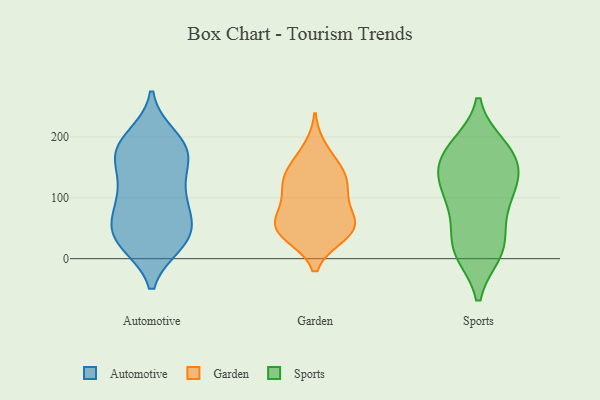
{"axis": {"x": "Gross Profit (USD K)", "y": "Value"}, "legend": ["Automotive", "Garden", "Sports"], "data": [{"x": "", "y": 176, "type": "Automotive"}, {"x": "", "y": 96, "type": "Automotive"}, {"x": "", "y": 171, "type": "Automotive"}, {"x": "", "y": 101, "type": "Automotive"}, {"x": "", "y": 27, "type": "Automotive"}, {"x": "", "y": 118, "type": "Automotive"}, {"x": "", "y": 26, "type": "Automotive"}, {"x": "", "y": 43, "type": "Automotive"}, {"x": "", "y": 48, "type": "Automotive"}, {"x": "", "y": 93, "type": "Automotive"}, {"x": "", "y": 64, "type": "Automotive"}, {"x": "", "y": 150, "type": "Automotive"}, {"x": "", "y": 174, "type": "Automotive"}, {"x": "", "y": 27, "type": "Automotive"}, {"x": "", "y": 174, "type": "Automotive"}, {"x": "", "y": 191, "type": "Automotive"}, {"x": "", "y": 199, "type": "Automotive"}, {"x": "", "y": 42, "type": "Automotive"}, {"x": "", "y": 57, "type": "Garden"}, {"x": "", "y": 180, "type": "Garden"}, {"x": "", "y": 131, "type": "Garden"}, {"x": "", "y": 46, "type": "Garden"}, {"x": "", "y": 39, "type": "Garden"}, {"x": "", "y": 150, "type": "Garden"}, {"x": "", "y": 124, "type": "Garden"}, {"x": "", "y": 66, "type": "Garden"}, {"x": "", "y": 48, "type": "Garden"}, {"x": "", "y": 70, "type": "Garden"}, {"x": "", "y": 143, "type": "Garden"}, {"x": "", "y": 38, "type": "Garden"}, {"x": "", "y": 108, "type": "Garden"}, {"x": "", "y": 101, "type": "Garden"}, {"x": "", "y": 135, "type": "Sports"}, {"x": "", "y": 94, "type": "Sports"}, {"x": "", "y": 176, "type": "Sports"}, {"x": "", "y": 182, "type": "Sports"}, {"x": "", "y": 15, "type": "Sports"}, {"x": "", "y": 147, "type": "Sports"}, {"x": "", "y": 82, "type": "Sports"}, {"x": "", "y": 10, "type": "Sports"}, {"x": "", "y": 173, "type": "Sports"}, {"x": "", "y": 16, "type": "Sports"}, {"x": "", "y": 140, "type": "Sports"}, {"x": "", "y": 113, "type": "Sports"}, {"x": "", "y": 185, "type": "Sports"}, {"x": "", "y": 57, "type": "Sports"}, {"x": "", "y": 124, "type": "Sports"}, {"x": "", "y": 14, "type": "Sports"}]}